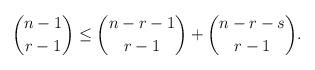
LaTeX: \begin{align*} \binom{n-1}{r-1}\le \binom{n-r-1}{r-1} + \binom{n-r-s}{r-1}.\end{align*}